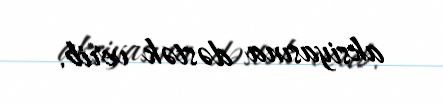
aksiyasına dəstək verib.